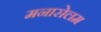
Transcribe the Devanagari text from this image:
मनासेलम